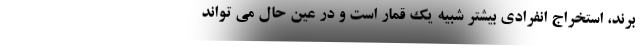
برند، استخراج انفرادی بیشتر شبیه یک قمار است و در عین حال می تواند